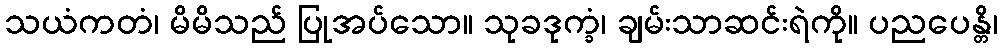
သယံကတံ၊ မိမိသည် ပြုအပ်သော။ သုခဒုက္ခံ၊ ချမ်းသာဆင်းရဲကို။ ပညပေန္တိ၊